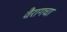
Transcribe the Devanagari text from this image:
वैरागचा